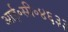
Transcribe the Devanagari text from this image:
आई॰सी॰४६३३